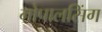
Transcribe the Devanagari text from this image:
गोपालसिंग